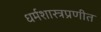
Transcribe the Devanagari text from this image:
धर्मशास्त्रप्रणीत